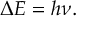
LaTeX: \Delta E = h \nu .